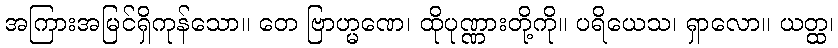
အကြားအမြင်ရှိကုန်သော။ တေ ဗြာဟ္မဏေ၊ ထိုပုဏ္ဏားတို့ကို။ ပရိယေသ၊ ရှာလော။ ယတ္ထ၊